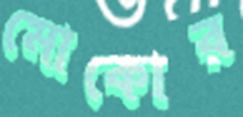
মোকোর